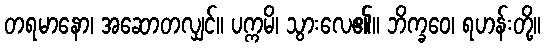
တရမာနော၊ အဆောတလျှင်။ ပက္ကမိ၊ သွားလေ၏။ ဘိက္ခဝေ၊ ရဟန်းတို့။